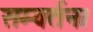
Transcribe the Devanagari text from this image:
सम्वर्तन।